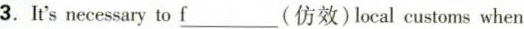
3.I's necesary to \underline{f}(仿效)local customs when